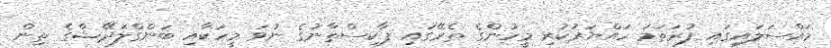
މައްސަލައިގައި ފުރަތަމަ ހައްޔަރުކުރި މީހުންގެ ތެރޭގައި ޕާކިސްތާނުގެ ނުވަ މީހަކާއި ބަންގްލަދޭޝްގެ ތިން